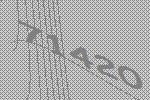
71420